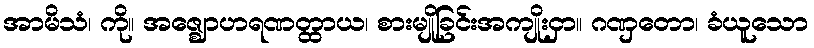
အာမိသံ၊ ကို။ အဇ္ဈောဟရဏတ္ထာယ၊ စားမျိုခြင်းအကျိုးငှာ။ ဂဏှတော၊ ခံယူသော